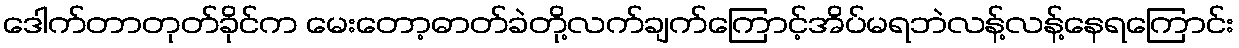
ဒေါက်တာတုတ်ခိုင်က မေးတော့ဓာတ်ခဲတို့လက်ချက်ကြောင့်အိပ်မရဘဲလန့်လန့်နေရကြောင်း